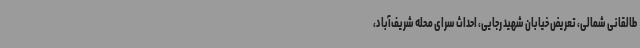
طالقانی شمالی، تعریض خیابان شهید رجایی، احداث سرای محله شریف‌آباد،